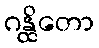
ဂန္ထိတော